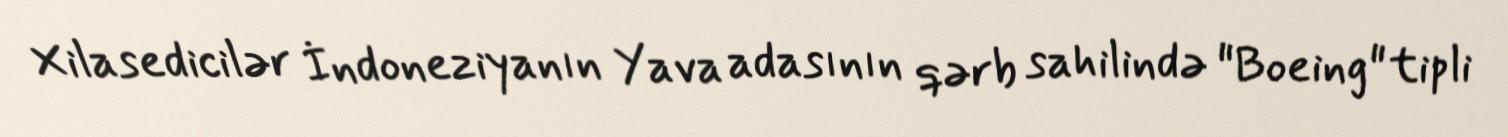
Xilasedicilər İndoneziyanın Yava adasının qərb sahilində "Boeing" tipli